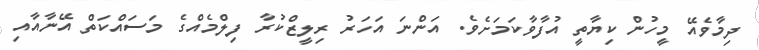
ދިމާވެއޭ މީހުން ކިޔާތީ އުފާވާކަމަށެވެ. އަންނަ އަހަރު ރިލީޒްކުރާ ފިލްމެއްގެ މަސައްކަތް އޭނާއާއި